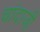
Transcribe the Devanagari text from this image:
चांदाजी